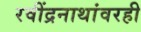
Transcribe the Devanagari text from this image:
रवींद्रनाथांवरही